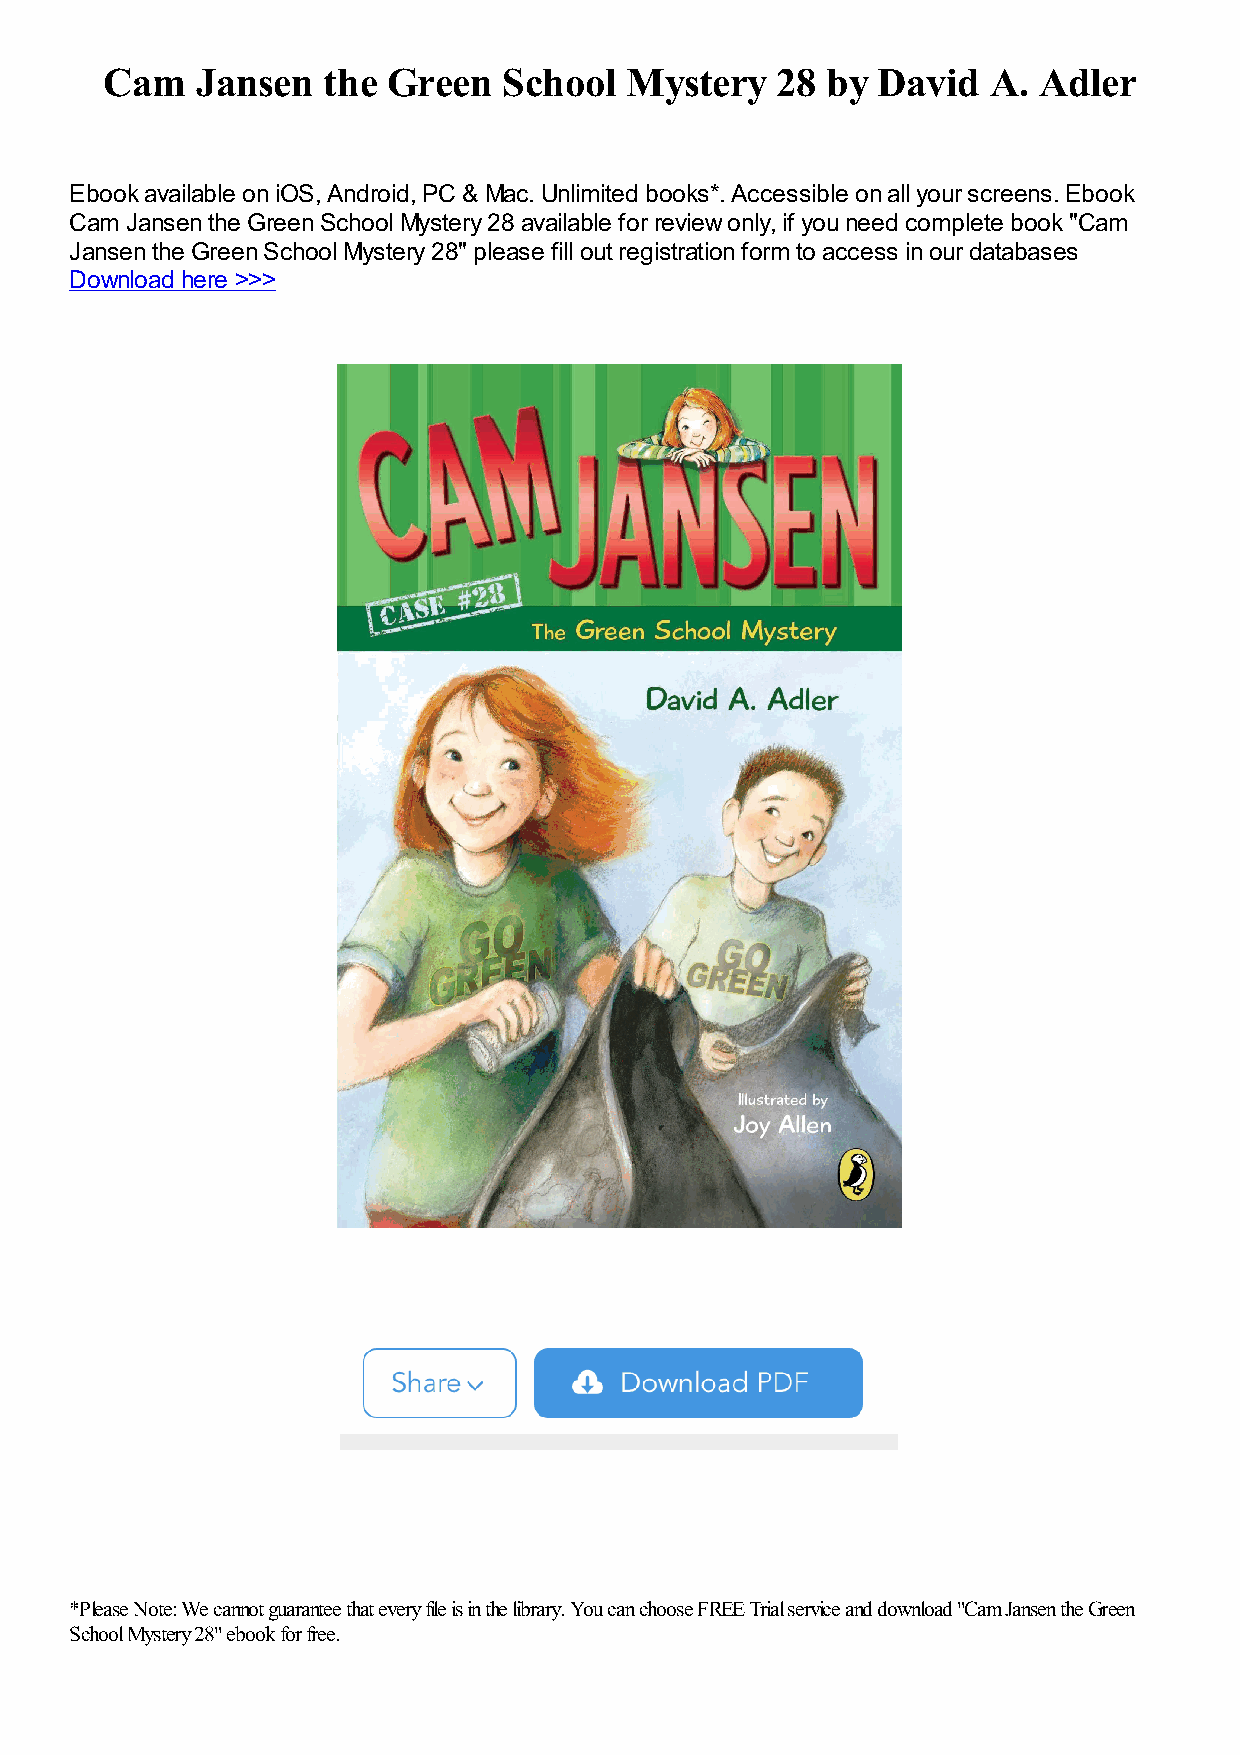
Cam   Jansen  the  Green  School  Mystery   28  by David   A. Adler
 Ebook available on iOS, Android, PC & Mac. Unlimited books*. Accessible on all your screens. Ebook
 Cam Jansen the Green School Mystery 28 available for review only, if you need complete book "Cam
 Jansen the Green School Mystery 28" please fill out registration form to access in our databases
 Download here >>>
 *Please Note: We cannot guarantee that every file is in the library. You can choose FREE Trial service and download "Cam Jansen the Green
 School Mystery 28" ebook for free.